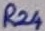
Text: R24